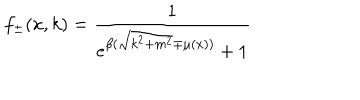
LaTeX: f _ { \pm } ( x , k ) = { \frac { 1 } { e ^ { \beta ( \sqrt { k ^ { 2 } + m ^ { 2 } } \mp \mu ( x ) ) } + 1 } }